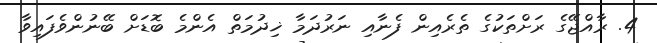
4. ރާއްޖޭގެ ރަށްތަކުގެ ތެރެއިން ފެނާއި ނަރުދަމާ ޚިދުމަތް އެންމެ ބޮޑަށް ބޭނުންވެފައިވާ